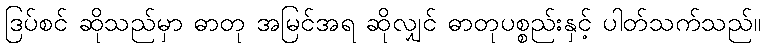
ဒြပ်စင် ဆိုသည်မှာ ဓာတု အမြင်အရ ဆိုလျှင် ဓာတုပစ္စည်းနှင့် ပါတ်သက်သည်။